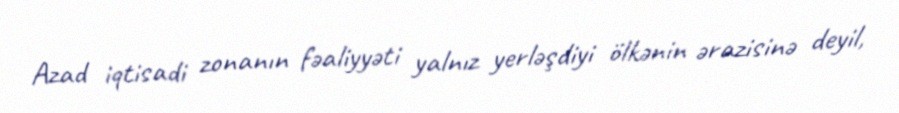
Azad iqtisadi zonanın fəaliyyəti yalnız yerləşdiyi ölkənin ərazisinə deyil,